Annual administration report of the Civil Veterinary Department of India - 1893-1894
Year: 1893
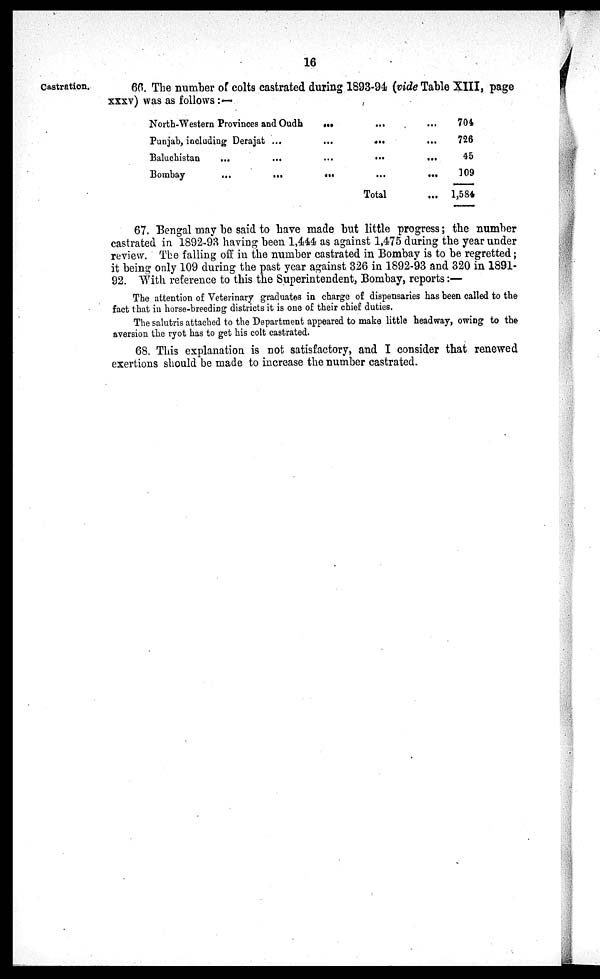
16
Castration.
66. The number of colts castrated during 1893-94 (vide Table XIII, page
xxxv) was as follows : —
North-Western Provinces and Oudh ... ... ...
Punjab, including Derajat ... ... ... ...
Baluchistan
... ... ... ... ...
Bombay
... ... ... ... ...
Total...
704
726
45
109
1,584
67. Bengal may be said to have made but little progress; the number
castrated in 1892-93 having been 1,444 as against 1,475 during the year under
review. The falling off in the number castrated in Bombay is to be regretted;
it being only 109 during the past year against 326 in 1892-93 and 320 in 1891-
92. With reference to this the Superintendent, Bombay, reports:—
The attention of Veterinary graduates in charge of dispensaries has been called to the
fact that in horse-breeding districts it is one of their chief duties.
The salutris attached to the Department appeared to make little headway, owing to the
aversion the ryot has to get his colt castrated.
68. This explanation is not satisfactory, and I consider that renewed
exertions should be made to increase the number castrated.